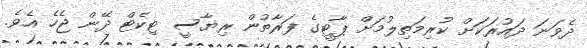
ދެވަނަ ދައުރަކަށް ކުރިމަތިލުމަށް ޕާޓީގެ ފަރާތުން ރިޔާސީ ޓިކެޓް ދޭން ޖެހެ އެވެ.